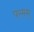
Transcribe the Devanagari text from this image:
परमम्